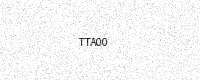
Text: TTA00